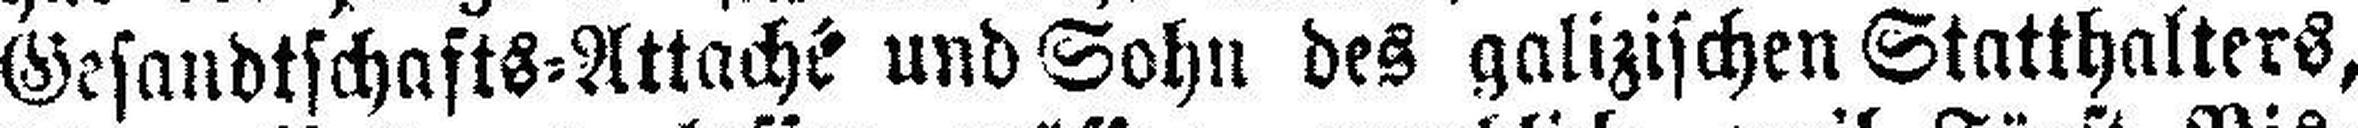
Gesandtschafts=Attaché und Sohn des galizischen Statthalters,